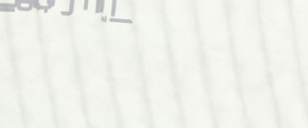
أحدث موديلات العطور والمس